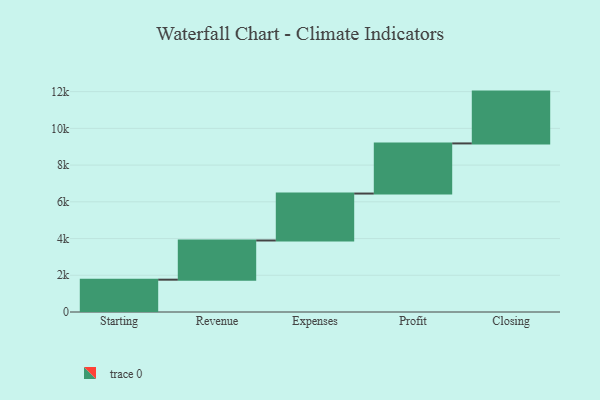
{"axis": {"x": "Step", "y": "Value"}, "legend": [""], "data": [{"x": "Starting", "y": 1760.0, "type": ""}, {"x": "Revenue", "y": 2134.0, "type": ""}, {"x": "Expenses", "y": 2556.0, "type": ""}, {"x": "Profit", "y": 2730.0, "type": ""}, {"x": "Closing", "y": 2822.0, "type": ""}]}